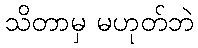
သိတာမှ မဟုတ်ဘဲ